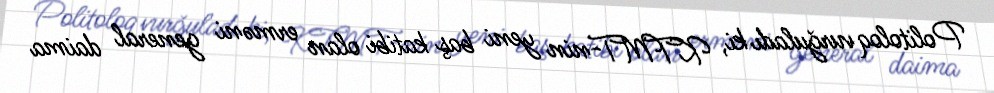
Politoloq vurğuladı ki, KTMT-nin yeni baş katibi olan erməni general daima